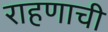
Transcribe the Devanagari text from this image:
राहणाची